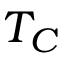
T _ { C }